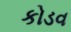
કોડવ